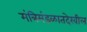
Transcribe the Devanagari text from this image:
मंत्रिमंडळातदेखील